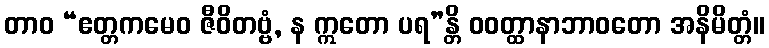
တာဝ “ဧတ္တကမေဝ ဇီဝိတဗ္ဗံ, န ဣတော ပရ”န္တိ ဝဝတ္ထာနာဘာဝတော အနိမိတ္တံ။